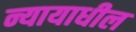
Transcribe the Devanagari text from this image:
न्यायाधील